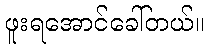
ဖူးရအောင်ခေါ်တယ်။